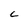
Character: C